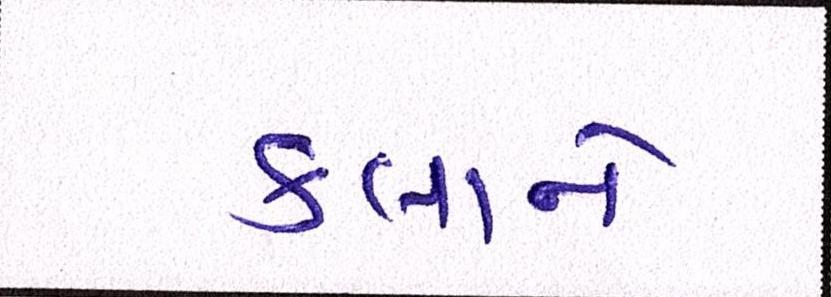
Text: કલાને